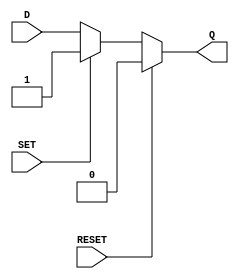
module async_register (
    input wire D,      // Data Input
    input wire SET,    // Asynchronous Set
    input wire RESET,  // Asynchronous Reset
    output reg Q       // Output
);

// Always block to handle asynchronous behavior
always @(*) begin
    if (RESET) begin
        Q = 1'b0;  // Reset output to 0
    end else if (SET) begin
        Q = 1'b1;  // Set output to 1
    end else begin
        Q = D;      // Update output to the value of D
    end
end

endmodule